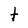
Character: t